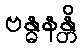
ဗန္ဓနန္တိ